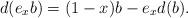
LaTeX: \begin{align*}d(e_x b) =(1-x)b -e_xd(b).\end{align*}